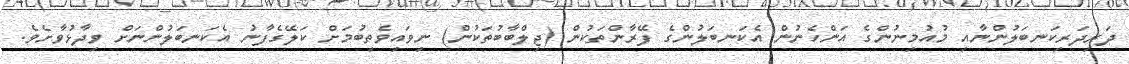
ދަރިދަރިކަނބަލުންނާއި މުއުމިނުންގެ އަންހެނުން އެކަނބަލުންގެ ފޭރާންތަކުން (ޖިލްބާބުތަކުން) ނިވައިވެތިބުމަށް ކަލޭގެފާނު އެކަނބަލުންނަށް ވިދާޅުވާށެވެ.